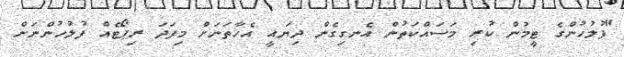
"ފުލުހުންގެ ޓީމުން ކުރި މަސައްކަތުން އެނގިގެން ދިޔައީ އެހާތަނަށް މިފަދަ ރިޕޯޓެއް ފުލުހުންނަށް